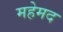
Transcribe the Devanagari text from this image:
महेमद